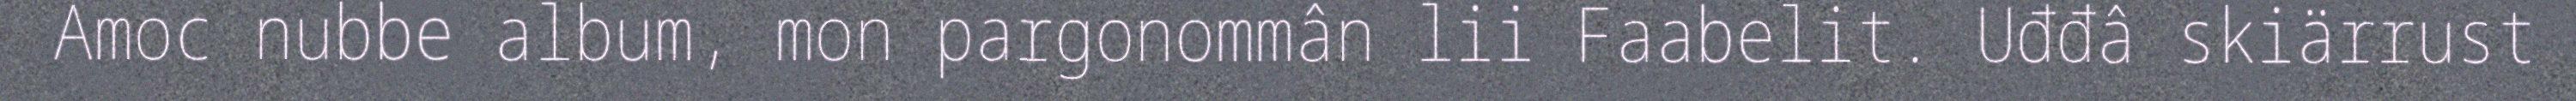
Amoc nubbe album, mon pargonommân lii Faabelit. Uđđâ skiärrust